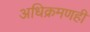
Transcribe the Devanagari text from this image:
अधिक्रमणही